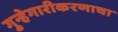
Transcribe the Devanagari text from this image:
गुन्हेगारीकरणाचा